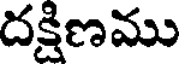
దక్షిణము